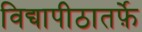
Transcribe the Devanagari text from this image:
विद्यापीठातर्फ़े